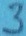
Text: 3